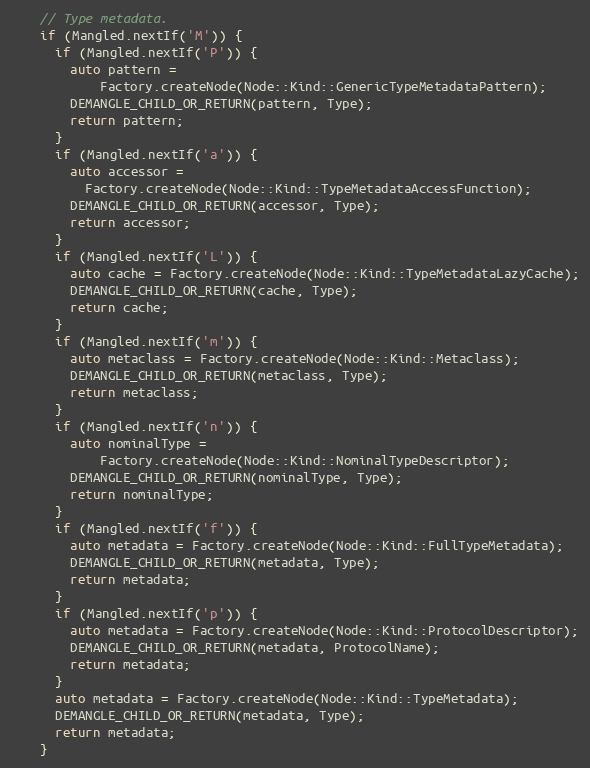
Language: C++
    // Type metadata.
    if (Mangled.nextIf('M')) {
      if (Mangled.nextIf('P')) {
        auto pattern =
            Factory.createNode(Node::Kind::GenericTypeMetadataPattern);
        DEMANGLE_CHILD_OR_RETURN(pattern, Type);
        return pattern;
      }
      if (Mangled.nextIf('a')) {
        auto accessor =
          Factory.createNode(Node::Kind::TypeMetadataAccessFunction);
        DEMANGLE_CHILD_OR_RETURN(accessor, Type);
        return accessor;
      }
      if (Mangled.nextIf('L')) {
        auto cache = Factory.createNode(Node::Kind::TypeMetadataLazyCache);
        DEMANGLE_CHILD_OR_RETURN(cache, Type);
        return cache;
      }
      if (Mangled.nextIf('m')) {
        auto metaclass = Factory.createNode(Node::Kind::Metaclass);
        DEMANGLE_CHILD_OR_RETURN(metaclass, Type);
        return metaclass;
      }
      if (Mangled.nextIf('n')) {
        auto nominalType =
            Factory.createNode(Node::Kind::NominalTypeDescriptor);
        DEMANGLE_CHILD_OR_RETURN(nominalType, Type);
        return nominalType;
      }
      if (Mangled.nextIf('f')) {
        auto metadata = Factory.createNode(Node::Kind::FullTypeMetadata);
        DEMANGLE_CHILD_OR_RETURN(metadata, Type);
        return metadata;
      }
      if (Mangled.nextIf('p')) {
        auto metadata = Factory.createNode(Node::Kind::ProtocolDescriptor);
        DEMANGLE_CHILD_OR_RETURN(metadata, ProtocolName);
        return metadata;
      }
      auto metadata = Factory.createNode(Node::Kind::TypeMetadata);
      DEMANGLE_CHILD_OR_RETURN(metadata, Type);
      return metadata;
    }